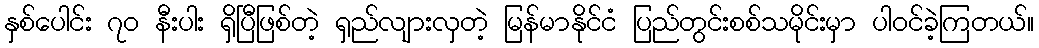
နှစ်ပေါင်း ၇၀ နီးပါး ရှိပြီဖြစ်တဲ့ ရှည်လျားလှတဲ့ မြန်မာနိုင်ငံ ပြည်တွင်းစစ်သမိုင်းမှာ ပါဝင်ခဲ့ကြတယ်။